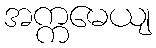
အက္ကမေယျ